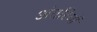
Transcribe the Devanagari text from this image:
अंतरियों